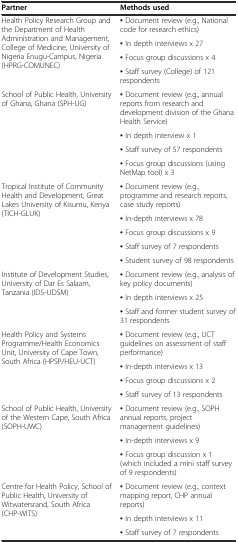
| Partner | Methods used |
 | --- | --- |
 | <ROWSPAN=4> Health Policy Research Group and the Department of Health Administration and Management, College of Medicine, University of Nigeria Enugu-Campus, Nigeria (HPRG-COMUNEC) | ▪ Document review (e.g., National code for research ethics) |
 | ▪ In depth interviews x 27 |
 | ▪ Focus group discussions x 4 |
 | ▪ Staff survey (College) of 121 respondents |
 | <ROWSPAN=4> School of Public Health, University of Ghana, Ghana (SPH-UG) | ▪ Document review (e.g., annual reports from research and development division of the Ghana Health Service) |
 | ▪ In depth interview x 1 |
 | ▪ Staff survey of 57 respondents |
 | ▪ Focus group discussions (using NetMap tool) x 3 |
 | <ROWSPAN=5> Tropical Institute of Community Health and Development, Great Lakes University of Kisumu, Kenya (TICH-GLUK) | ▪ Document review (e.g., programme and research reports, case study reports) |
 | ▪ In-depth interviews x 78 |
 | ▪ Focus group discussions x 9 |
 | ▪ Staff survey of 7 respondents |
 | ▪ Student survey of 98 respondents |
 | <ROWSPAN=3> Institute of Development Studies, University of Dar Es Salaam, Tanzania (IDS-UDSM) | ▪ Document review (e.g., analysis of key policy documents) |
 | ▪ In depth interviews x 25 |
 | ▪ Staff and former student survey of 31 respondents |
 | <ROWSPAN=4> Health Policy and Systems Programme/Health Economics Unit, University of Cape Town, South Africa (HPSP/HEU-UCT) | ▪ Document review (e.g., UCT guidelines on assessment of staff performance) |
 | ▪ In-depth interviews x 13 |
 | ▪ Focus group discussions x 2 |
 | ▪ Staff survey of 13 respondents |
 | <ROWSPAN=3> School of Public Health, University of the Western Cape, South Africa (SOPH-UWC) | ▪ Document review (e.g., SOPH annual reports, project management guidelines) |
 | ▪ In-depth interviews x 9 |
 | ▪ Focus group discussion x 1 (which included a mini staff survey of 9 respondents) |
 | <ROWSPAN=2> Centre for Health Policy, School of Public Health, University of Witwatersrand, South Africa (CHP-WITS) | ▪ Document review (e.g., context mapping report, CHP annual reports) |
 | ▪ In depth interviews x 11 |
 |  | ▪ Staff survey of 7 respondents |